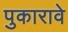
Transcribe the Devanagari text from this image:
पुकारावे